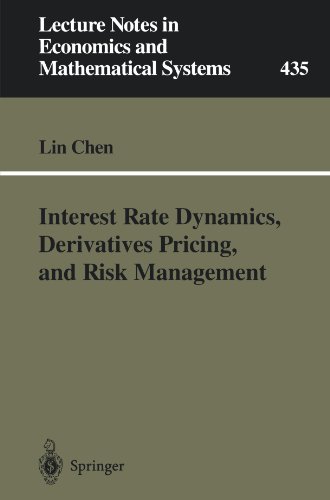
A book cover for Interest Rate Dynamics, Derivatives Pricing, and Risk Management (Lecture Notes in Economics and Mathematical Systems); Lin Chen; Business & Money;